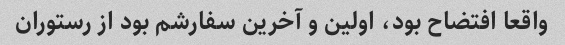
واقعا افتضاح بود، اولین و آخرین سفارشم بود از رستوران